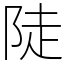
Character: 陡